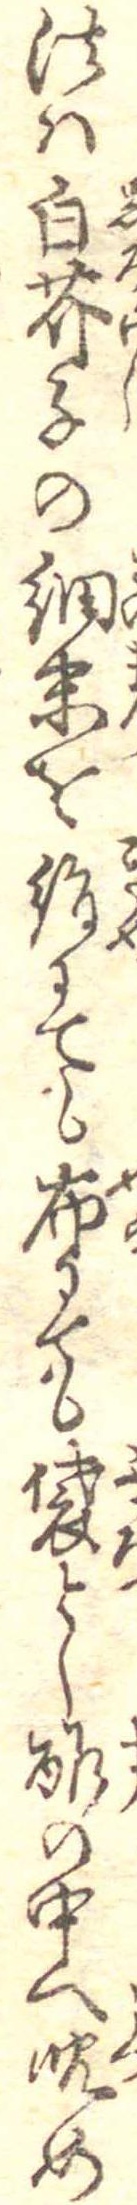
法は白芥子の細末を絹にても布にても袋とし酢の中へ沈め